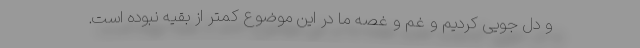
و دل جویی کردیم و غم و غصه ما در این موضوع کمتر از بقیه نبوده است.